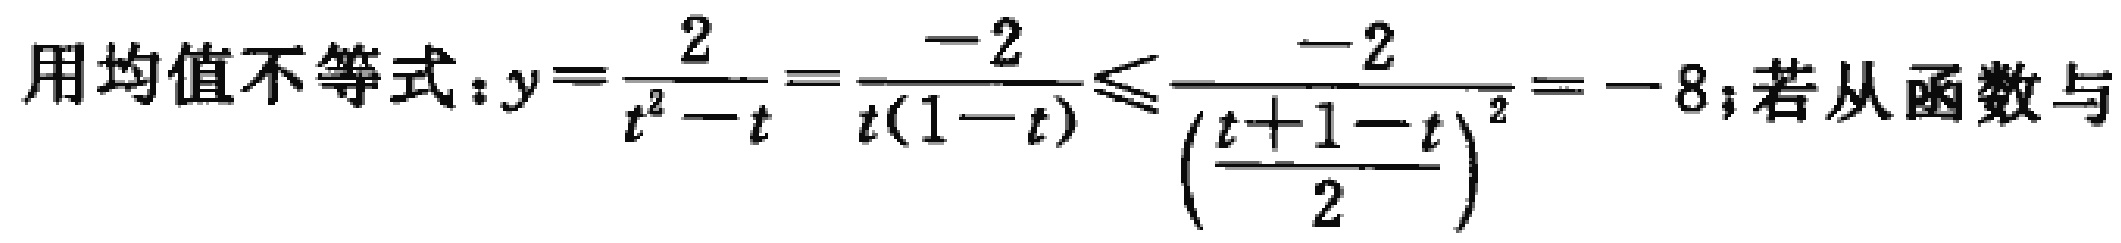
用均值不等式：\(y = \frac{2}{t^{2}-t}=\frac{-2}{t(1 - t)}\leq\frac{-2}{(\frac{t + 1 - t}{2})^{2}}=-8\)；若从函数与